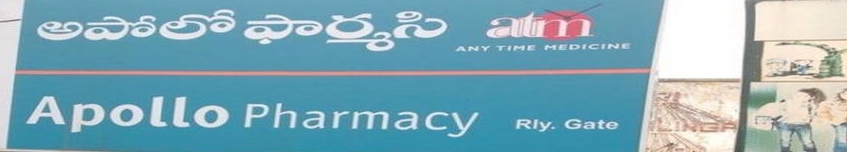
Language: telugu
Transcription: ఫార్మసి అపోలో